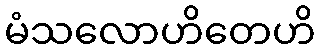
မံသလောဟိတေဟိ